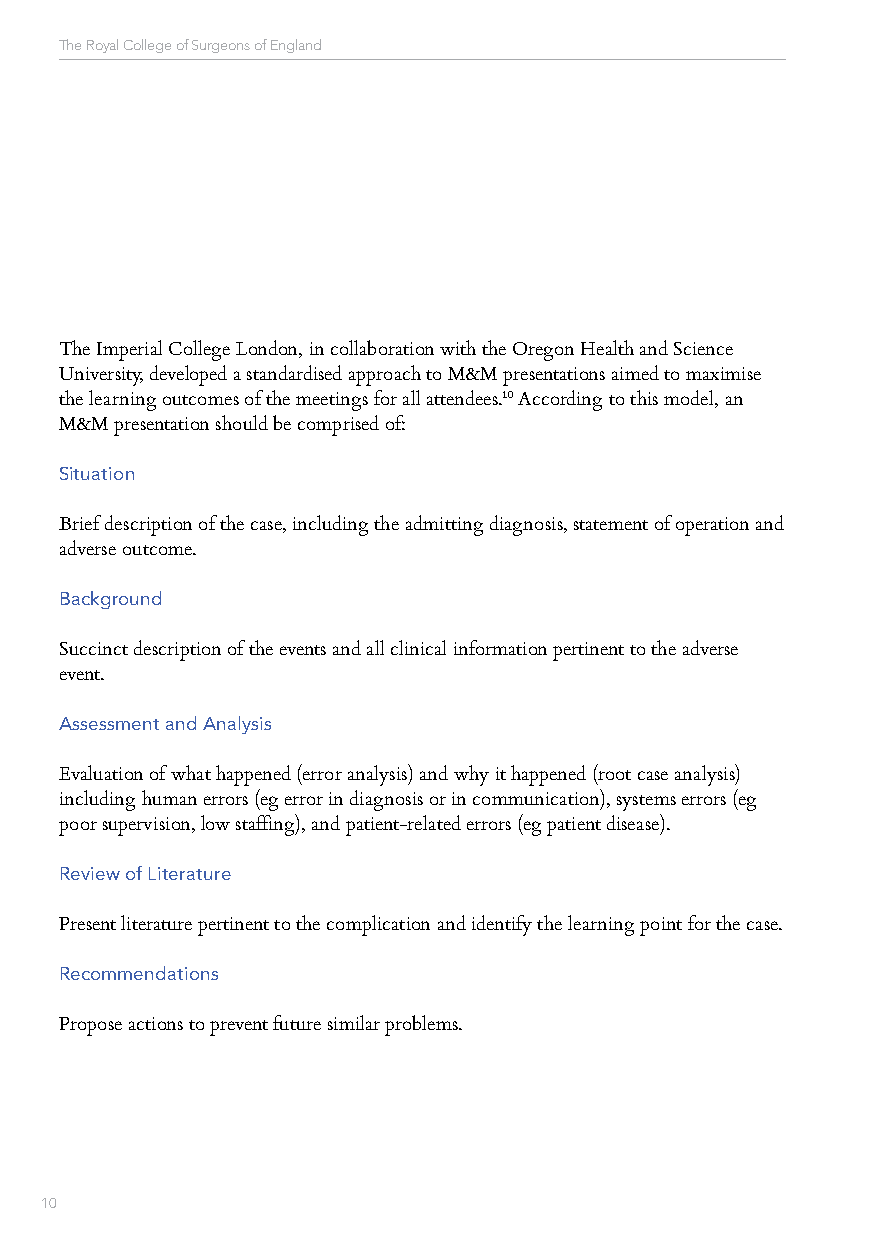
The Royal College of Surgeons of England
 The Imperial College London, in collaboration with the Oregon Health and Science
 University, developed a standardised approach to M&M presentations aimed to maximise
 the learning outcomes of the meetings for all attendees.10 According to this model, an
 M&M presentation should be comprised of:
 Situation
 Brief description of the case, including the admitting diagnosis, statement of operation and
 adverse outcome.
 Background
 Succinct description of the events and all clinical information pertinent to the adverse
 event.
 Assessment and Analysis
 Evaluation of what happened (error analysis) and why it happened (root case analysis)
 including human errors (eg error in diagnosis or in communication), systems errors (eg
 poor supervision, low staffing), and patient-related errors (eg patient disease).
 Review of Literature
 Present literature pertinent to the complication and identify the learning point for the case.
 Recommendations
 Propose actions to prevent future similar problems.
 10